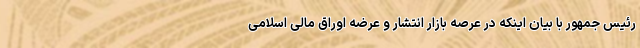
رئیس جمهور با بیان اینکه در عرصه بازار انتشار و عرضه اوراق مالی اسلامی